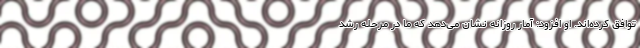
توافق کرده‌اند. او افزود: آمار روزانه نشان می‌دهد که ما در مرحله رشد